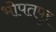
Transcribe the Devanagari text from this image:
भोपतपुर